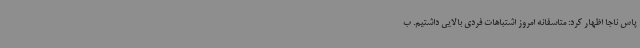
پاس ناجا اظهار کرد: متاسفانه امروز اشتباهات فردی بالایی داشتیم. ب